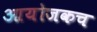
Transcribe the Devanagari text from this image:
आयोजकच